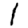
Digit: 1